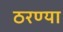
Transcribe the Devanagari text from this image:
ठरण्या